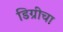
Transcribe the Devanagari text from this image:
डिग्रीचा